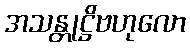
အသန္တုဋ္ဌိဗဟုလော